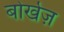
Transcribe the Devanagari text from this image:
बोर्खेज़